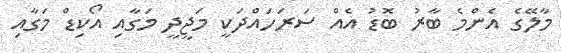
މާލޭގެ އެންމެ ބާރު ބޮޑު އެއް ސަރަހައްދަކީ މަޖީދީ މަގާއި އޯކިޑް މަގާއި